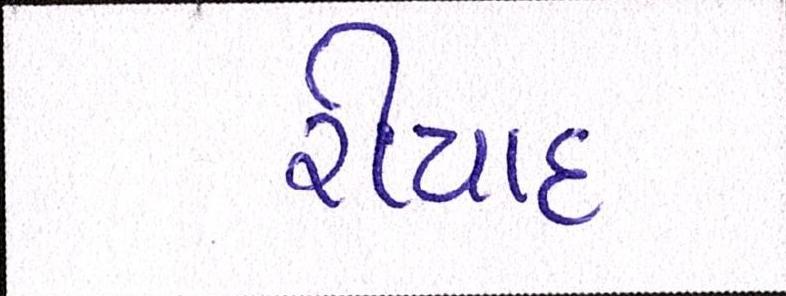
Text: રીયાદ